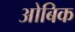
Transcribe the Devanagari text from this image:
ओबिक